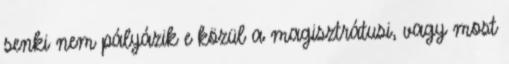
senki nem pályázik e közül a magisztrátusi, vagy most